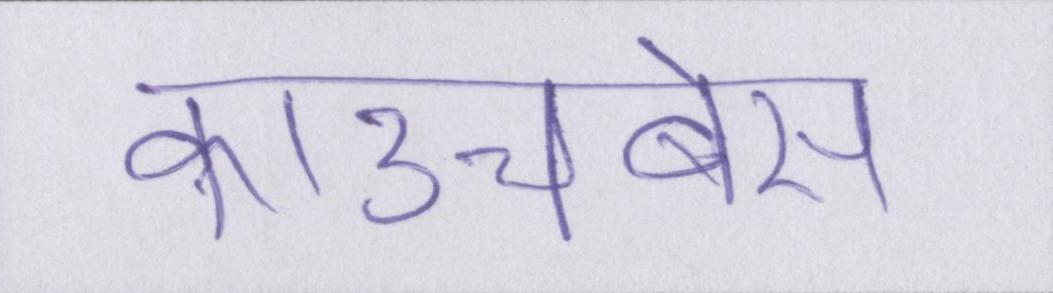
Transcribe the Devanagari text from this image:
काउचबेस